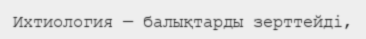
Ихтиология — балықтарды зерттейді,